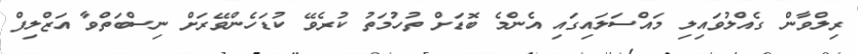
ރިލްވާން ގެއްލުވައިލި މައްސަލައިގައި އެންމެ ބޮޑަށް ތުހުމަތު ކުރެވޭ ކުޑަހެންވޭރަށް ނިސްބަތްވާ އަޒްލިފް